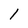
Character: 1